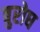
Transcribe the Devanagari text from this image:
बुरोघ